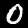
Label: 0